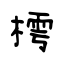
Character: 樗